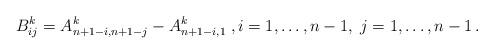
LaTeX: \begin{align*}B_{ij}^k = A_{n + 1 - i,n + 1 - j}^k - A_{n + 1 - i,1}^k \;,i= 1, \ldots ,n - 1,\;j = 1, \ldots ,n - 1\,.\end{align*}